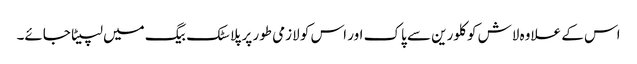
اس کے علاوہ لاش کو کلورین سے پاک اور اس کو لازمی طور پر پلاسٹک بیگ میں لپیٹا جائے۔